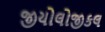
જીયોલોજીકલ